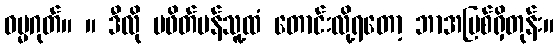
ဓမ္မဂုတ်။ ။ ဒီလို မဖိတ်မန်သူ့ထံ တောင်းလို့ရတော့ ဘာအပြစ်ရှိတုန်း။